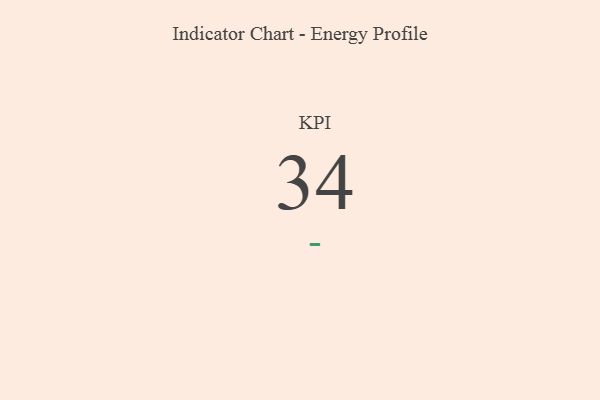
{"axis": {"x": "KPI", "y": "Value"}, "legend": [""], "data": [{"x": "KPI", "y": 34, "type": ""}]}